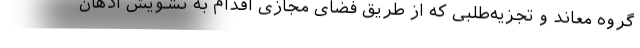
گروه معاند و تجزیه‌طلبی که از طریق فضای مجازی اقدام به تشویش اذهان